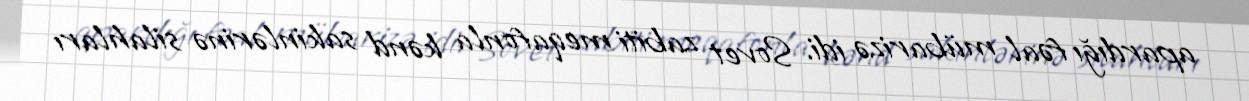
apardığı fəal mübarizə idi. Sovet zabiti meqafonla kənd sakinlərinə silahları